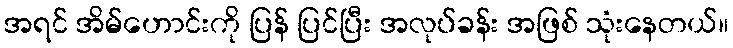
အရင် အိမ်ဟောင်းကို ပြန် ပြင်ပြီး အလုပ်ခန်း အဖြစ် သုံးနေတယ်။